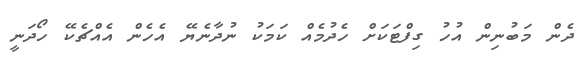
ދެން މަބުނިން އުހު ގިފްޓަކަށް ހެދުމެއް ކަމަކު ނުދާނެޔޭ އެހެން އެއްޗެކޭ ހޯދަނީ